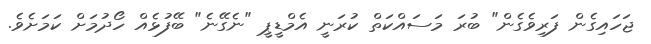
ޖަހައިގެން ފަރިވެގެން" ބުރަ މަސައްކަތް ކުރަނީ އެމްޑީޕީ "ނެގޭނެ" ބޭފުޅެއް ހޯދުމަށް ކަމަށެވެ.